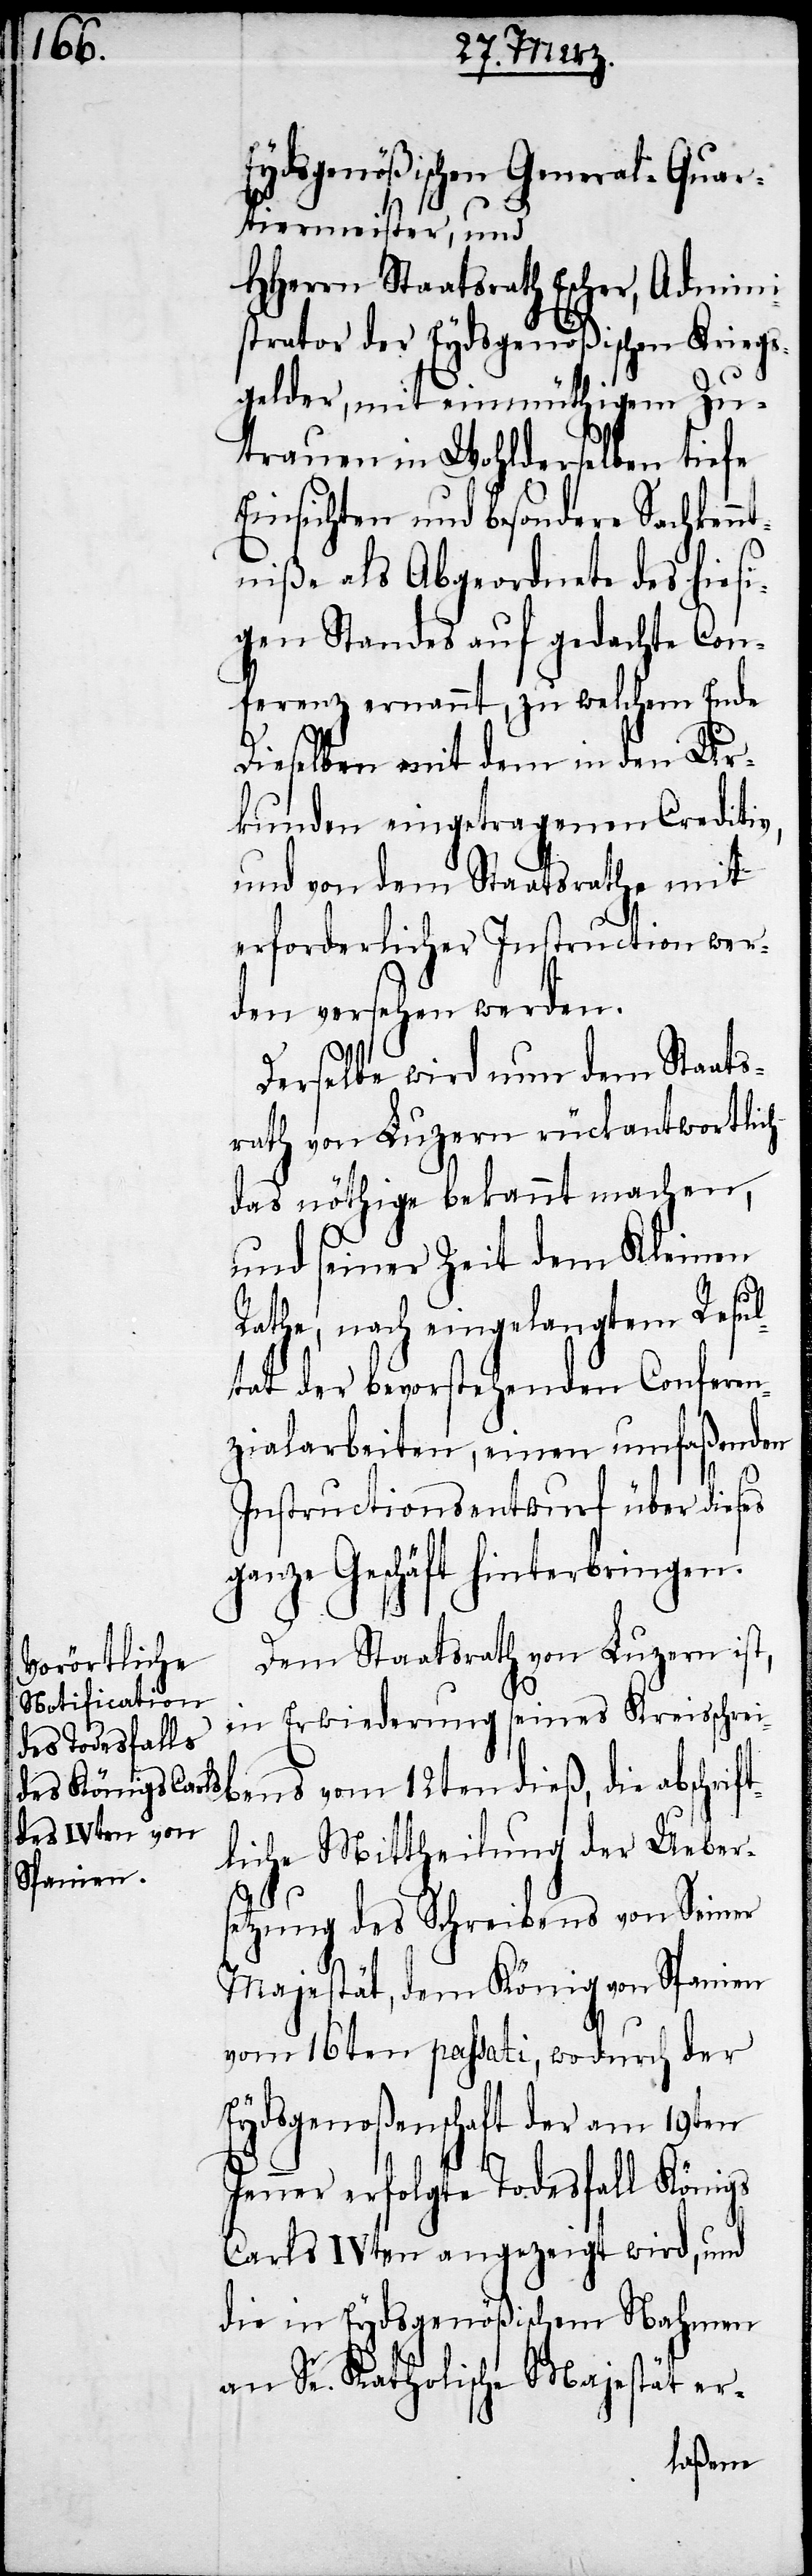
Eydsgenößischer General-Quar¬
tiermeister, und
HHerrn Staatsrath Escher, Admini¬
strator der Eydsgenößischen Kriegs¬
gelder, mit einmüthigem Zu¬
trauen in Wohlderselben tiefe
Einsichten und besondere Sachkenn¬
tniße als Abgeordnete des hiesi¬
gen Standes auf gedachte Con¬
ferenz ernannt, zu welchem Ende
Dieselben mit dem in den Ur¬
kunden eingetragenen Creditiv,
und von dem Staatsrathe mit
erforderlicher Instruction wer¬
den versehehen werden.
Derselbe wird nun dem Staats¬
rath von Luzern rückantwortlich
das nöthige bekannt machen,
und seiner Zeit dem Kleine
Rathe, nach eingelangtem Resul¬
tat der bevorstehenden Conferen¬
zialarbeiten, einen umfaßenden
Instructionsentwuf über dieses
ganze Geschäft hinterbrigen.
Dem Staatsrath von Luzern ist,
in Erwiederung seines Kreisschrei¬
bens vom 12ten dieß, die abschrif¬
tliche Mittheilung der Uebers¬
etzung des Schreibens von Seiner
Majestät, dem König von Spanien
vom 16ten passati, wodurch der
Eydsgenoßenschft der am 19ten
Jenner erfolgte Todesfall Königs
Carls IVten angezeigt wird, und
die in Eydsgenößischem Nahmen
an Se. Katholische Majestät er-